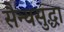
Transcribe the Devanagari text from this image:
सैन्यसुद्धा